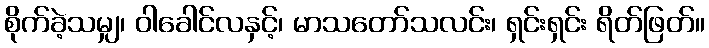
စိုက်ခဲ့သမျှ၊ ဝါခေါင်လနှင့်၊ မာသတော်သလင်း၊ ရှင်းရှင်း ရိတ်ဖြတ်။